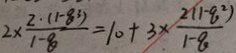
2 \times \frac { 2 \cdot ( 1 - 8 ^ { 3 } ) } { 1 - 8 } = 1 0 + 3 \times \frac { 2 ( 1 - q ^ { 2 } ) } { 1 - q }